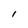
Character: 1